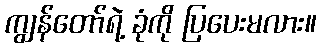
ကျွန်တော်ရဲ့ ခုံကို ပြပေးမလား။